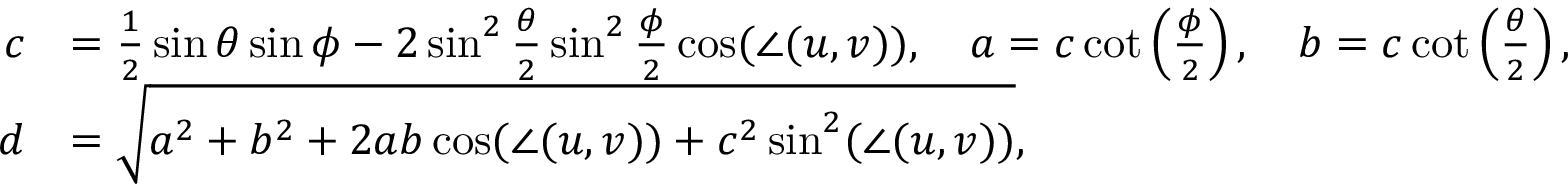
{ \begin{array} { r l } { c } & { = { \frac { 1 } { 2 } } \sin \theta \sin \phi - 2 \sin ^ { 2 } { \frac { \theta } { 2 } } \sin ^ { 2 } { \frac { \phi } { 2 } } \cos ( \angle ( u , v ) ) , \quad a = c \cot \left( { \frac { \phi } { 2 } } \right) , \quad b = c \cot \left( { \frac { \theta } { 2 } } \right) , } \\ { d } & { = { \sqrt { a ^ { 2 } + b ^ { 2 } + 2 a b \cos ( \angle ( u , v ) ) + c ^ { 2 } \sin ^ { 2 } ( \angle ( u , v ) ) } } , } \end{array} }